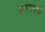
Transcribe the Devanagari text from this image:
खाशाबाने